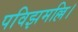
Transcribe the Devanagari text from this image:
पविझमल्लि।